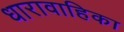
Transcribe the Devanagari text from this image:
धारावाहिका